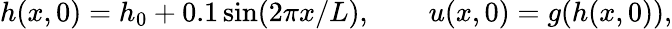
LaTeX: h(x,0)=h_{0}+0.1\sin(2\pi x/L),\qquad u(x,0)=g(h(x,0)),